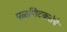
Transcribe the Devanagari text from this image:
पळणिटकरांचे